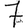
Digit: 7